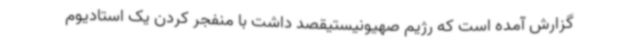
گزارش آمده است که رژیم صهیونیستیقصد داشت با منفجر کردن یک استادیوم